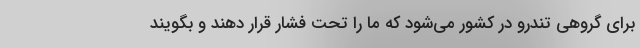
برای گروهی تندرو در کشور می‌شود که ما را تحت فشار قرار دهند و بگویند